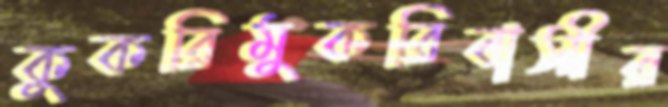
কুকরিমুকরিবাসীর